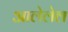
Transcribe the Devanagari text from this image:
आलेलेल